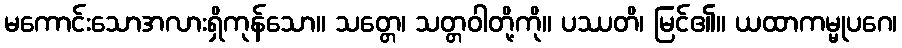
မကောင်းသောအလားရှိကုန်သော။ သတ္တေ၊ သတ္တဝါတို့ကို။ ပဿတိ၊ မြင်၏။ ယထာကမ္မုပဂေ၊